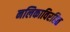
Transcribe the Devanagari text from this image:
नलिकाविरहित